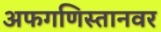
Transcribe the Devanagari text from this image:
अफगणिस्तानवर